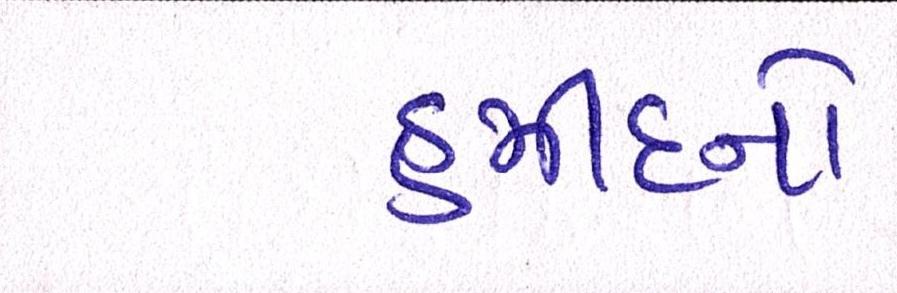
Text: હમીદનો